Medical and sanitary report of the native army of Bengal for the year
Year: 1878
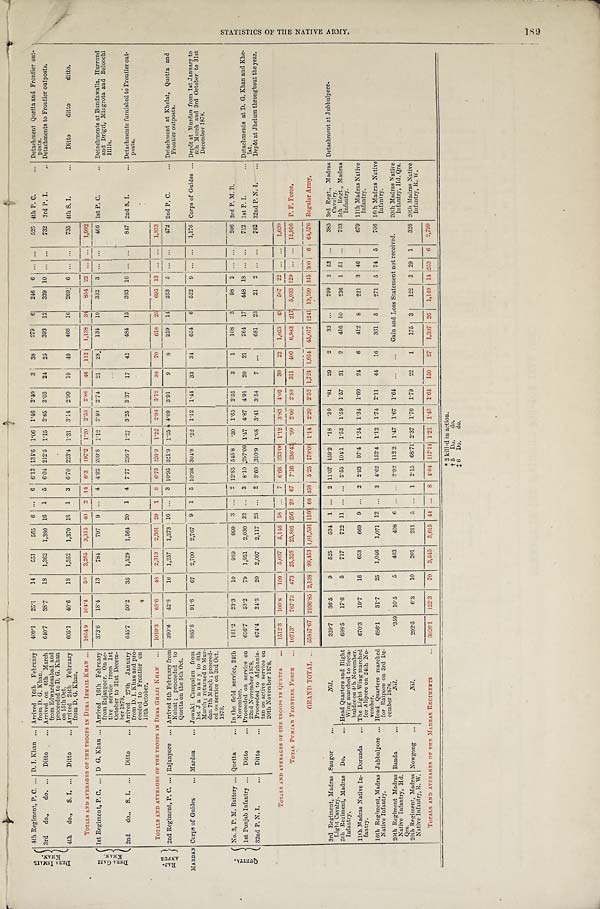
D E R A I S M A I L
K H A N .
4th Regiment, P. C. . . . D. I. Khan ... Arrived 16th February
from D. G. Khan.
409.1
25.1
14
551
565 6 ...
6 6.13 134.6 1.06 1.46 2.40
3
38
279
6
246 6 ... ...
525 4th P. C.
... Detachment Quetta and Frontier out
-
posts.
3rd do., do. ...
Ditto
... Arrived on 6th March
from Edwardesabad and
proceeded to D. G. Khan
on 15th Oct.
640.7
38.7
13
1,362
1,380 16 1 5 6.04 212.5 1.15 2.65 3.03
24
25
393 12
339 10 ...
. . .
732 3rd P. I.
... Detachments to Frontier outposts.
4th do., S. I. ...
Ditto
... Arrived 24th February
from D. G. Khan.
605.1
40.6
18 1,352
1,370
4 0 1 3 6.70 223.4 1.31 3.14 2.99
19
49
466 16
269 6
. . .
...
735 4th S. I.
...
Ditto
ditto
ditto.
TOTALS AND AVERAGES OF THE TROOPS IN DERA ISMAIL KHAN ...
1654 9
104.4
50 3,265
3,315 40 2 14 6.3 197.2 1.20 2.53
2 . 8 6 46 112
1,138 34
854
2 2
. . . . . . 1,992
D E R A G A Z I
K H A N .
1st Regiment, P. C. ... D G. Khan ... Arrived 16th February
from Rajanpoor. On ac-
tive service from 1st
October to 31st Decem-
ber 1878.
373.6
18.4
13
784
797 9 ... 4 4.92 209.8 1.12 2.40 2.74
21
28
134 10
332 3 ... ...
466 1st P. C.
.. Detachments at Bundawalla, Hurrund
and Drigri, Mingrota and Beloochi
Hills.
2nd do.. S. I. ...
Ditto
... Arrived 27th January
from D. I. Khan and pro-
ceeded to Frontier on
10th October.
645.7
50.2
35
1,529
1,564 20 1 4 7.77 236.7 1.27 3.25 3.37
17
42
484 15
363 10 ... ...
847 2nd S. I.
... Detachments furnished to Frontier out-
posts.
R A J -
A N P U R
TOTALS AND AVE RAGES OF THE TROOPS IN DERA GHAZI KHAN ...
1019.3
68.6
48 2,313 2,3 6 1 29 1
8 6.73
2 2 6 . 9 1.22 2.94 3.12
3 8
70
618 25
695 13 ... ...
1.313
2nd Regiment, P. C. ... Rajanpore ... Arrived 5th February from
Kohat ; proceeded to
Quetta on the 5th Oct.
390.8
42.8
16
1,257 1,273 16 ... 3 10.95 321.8 1.25 4.09 3.91
9
8
219 14
253 5 ... ...
472 2nd P. C.
... Detachment at Khelat, Quetta and
Frontier outposts.
MARDAN Corps of Guides
... Mardan
... Jowaki Campaign from
1st January to 6th
March ; returned to Mur-
dan 7th March ; proceed-
ed on service on 3rd Oct.
1878.
885.8
91.8
67
2,700 2,767 9 1 5 10.36 304.8 .32 1.12 1.44
33
34
654
6
522
9
... ...
1,176 Corps of Guides ... Depôt at Murdan from lst January to
6th March and 3rd October to 31st
December 1878.
Q U R T T A .
No. 3, P. M. Battery ... Quetta
... In the field service, 24th
November.
181.2
23.3
10
989
999 3
. . .
2 12.85 545.8 .30 1.65 2.55
3
1
108
3
98 2 ...
. . .
206 3rd P. M. B.
1st Punjab Infantry ...
Ditto
... Proceeded on service on
22nd November 1878.
656.7
53.2
79
1,951 2,030 32 ... 3 8.10 297.09 1.57 4.87 4.91
20
21
264 17
448 18 ... ...
712 1st P. I.
... Detachments at D. G. Khan and Khe-
lat.
32nd P. N. I. ... Ditto
... Proceeded to Afghanis-
tan on active service on
20th November 1878.
674.4
24.3
20 2,097 2,117 23 ... 2 3.60 310.9 1.08 3.41 3.54
7 ...
681 23
21 2 ... ...
702 32nd P. N. I.
... Depôt at Jhelum throughout the year.
TOTALS AND AVERAGES OF THE TROOPS IN QUETTA
... 1512.3
100.8
109
5 , 0 3 7
5,146
5 8
. .
.
7 6.66 333.06 1.12 3.83 4.02
30
22
1,053 43
567 22
. . . ... 1 ,620
TOTAL PUNJAB FRONTIER FORCE
... 10713.
767.73 473 25,328 25,801 256 23 67 7.16 236.4.1 .99 2.60 2.80 311 400 6,983 217 5,933 129 ... ... 12,916 P. F. Force.
GRAND TOTAL . . .
55847.67 2936.85 2,138 99,453 1,01,591 1166 68 358 5.25 178.01 1.14 2.20 2.52 1,724 1,654 45,077 1241 19,199 345 300 6 64,576 Regular Army.
3rd Regiment, Madras
Light Cavalry.
Saugor
...
Nil.
329.7
36.5
9
525
534 1 ... 2 11.07 159.2 .18 .30 .81
29
2
33 ...
299 3 53 ...
385 3rd Regt., Madras
Cavalry.
Detachment at Jubbulpore.
5th Regiment, Madras
Infantry.
Do.
... Head Quarters and Right
Wing marched to Seeta.
buldee on 4th November.
688.5
17.6
5
717
722 11 ... ... 2.55 104.1 1.52 1.59 1.57
31
2
416 10
236 1 51 ...
703 5th Regt., Madras
Infantry.
11th Madras Native In-
fantry.
Dorunda
... The Light Wing marched
for Alipore on 24th No-
vember.
670.3
19.7
16
653
669 9 ... 2 2.93 97.4 1.34 1.34 1.60
24
6
412 8
221 3 46 ...
679 11th Madras Native
infantry.
16th Regiment, Madras
Native Infantry.
Jubbulpore ... Head Quarters marched
for Raipore on 3rd De-
cember 1878.
686.1
31.7
25
1,046
1,071 12 ... 3 4.62 152.4 1.12 1.74 2.11
44
16
361 5
271 5 74 5
706 16th Madras Native
Infantry.
20th Regiment Madras
Native Infantry, Hd.
Qrs.
Banda
. . .
N i l .
.359 10.5
5
403
408 6
. . .
... 2.92 112 2 1.47 1.67 1.64 ...
. . .
Gain and Loss Statement not received.
20th Madras Native
infantry, Hd. Qrs.
20th Regiment, Madras
Native Infantry, R. W.
Nowgong ...
N i l .
292.5
6.3
10
201
211 5 ... 1 2.15 68.71 2.37 1.70 1.79
22
1
175 3
122 2 29 1
326 20th Madras Native
Infantry, R. W.
TOTALS AND AVERAGES OF THE MADRAS REGIMENTS
3026.1
122.3
70 3,545
3,615 41 ... 8 4.01 117.14 1.21 1.45 1.64 150
27 1,397 26
1,149 14 253 6
2,799
† 5 Do. do.